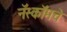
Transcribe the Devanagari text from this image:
नॅस्कॉमचे